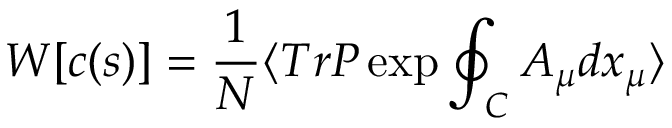
W [ c ( s ) ] = \frac { 1 } { N } \langle T r P \exp \oint _ { C } A _ { \mu } d x _ { \mu } \rangle